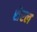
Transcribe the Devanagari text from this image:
शेरल